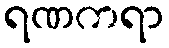
ရဏကရာ